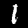
Digit: 1